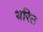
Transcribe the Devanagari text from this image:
धरित